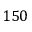
1 5 0